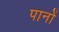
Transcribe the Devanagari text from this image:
पानों